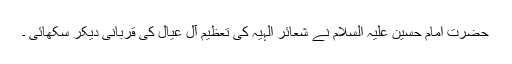
حضرت امام حسین علیہ السلام نے شعائر الہیہ کی تعظیم آل عیال کی قربانی دیکر سکھائی ۔